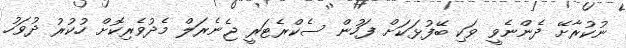
ނުކުރާށޭ ދެންނެވީ ވަކި ބޭފުޅަކަށް ފަހުން ސެކްރެޓަރީ ޖެނެރަލް މެދުވެރިކޮށް ހުކުރު ދުވަހު